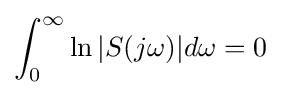
\int _{0}^{\infty }\ln |S(j\omega )|d\omega =0